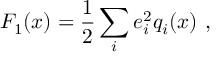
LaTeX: F _ { 1 } ( x ) = { \frac { 1 } { 2 } } \sum _ { i } e _ { i } ^ { 2 } q _ { i } ( x ) \ ,